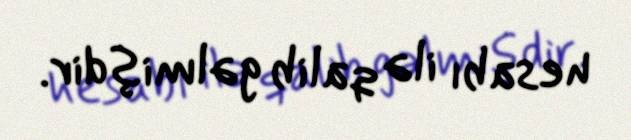
hesabı ilə qalib gəlmişdir.